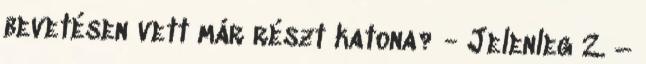
bevetésen vett már részt katona? - Jelenleg 2. –